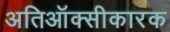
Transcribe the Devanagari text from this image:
अतिऑक्सीकारक